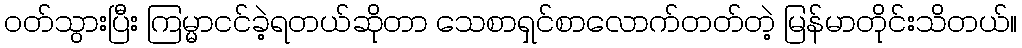
ဝတ်သွားပြီး ကြမ္မာငင်ခဲ့ရတယ်ဆိုတာ သေစာရှင်စာလောက်တတ်တဲ့ မြန်မာတိုင်းသိတယ်။